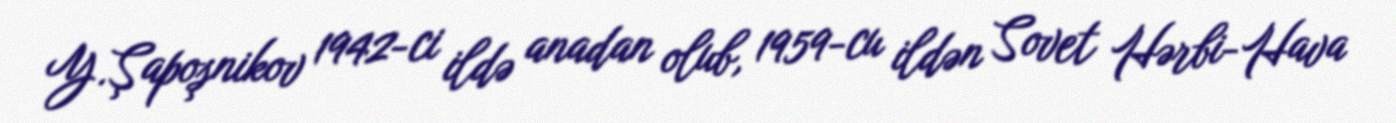
Y.Şapoşnikov 1942-ci ildə anadan olub, 1959-cu ildən Sovet Hərbi-Hava